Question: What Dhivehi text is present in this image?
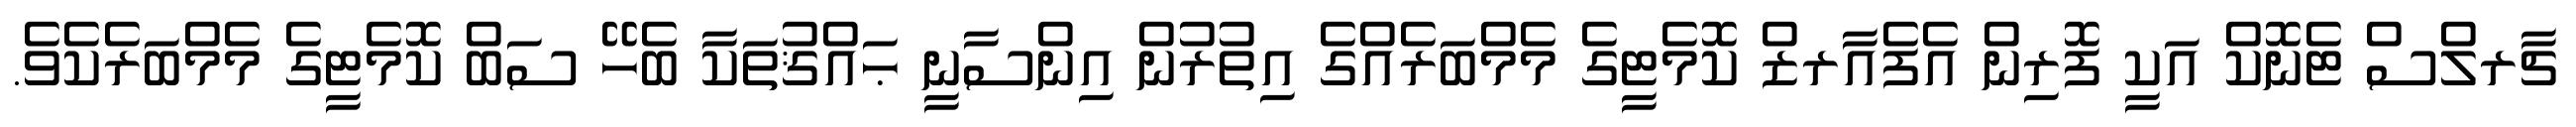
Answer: ޗާރލްސް ޓެނޮކް އަކީ ފޮރިން އެފެއާރޒް ކޮމެޓީގެ މެމްބަރެއްގެ އިތުރުން އިންސާނީ ޙައްޤުތަކާ ބެހޭ ސަބް ކޮމެޓީގެ މެމްބަރެކެވެ.